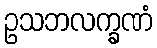
ဥသဘလက္ခဏံ